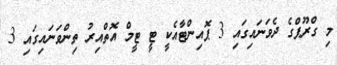
މި ގްރޫޕްގެ ދެވަނައިގައި 3 ޕޮއިންޓާއެކީ ޓީ ޓީމް އޮތްއިރު ތިންވަނައިގައި 3